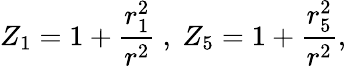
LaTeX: Z_{1}=1+\frac{r_{1}^{2}}{r^{2}}\ ,\ Z_{5}=1+\frac{r_{5}^{2}}{r^{2}},